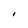
Character: I